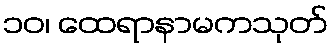
၁၀၊ ထေရာနာမကသုတ်